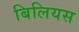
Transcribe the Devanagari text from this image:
बिलियस